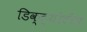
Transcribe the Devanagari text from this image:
डिक्ट्योटीन